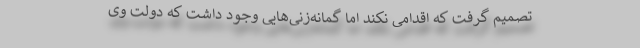
تصمیم گرفت که اقدامی نکند اما گمانه‌زنی‌هایی وجود داشت که دولت وی